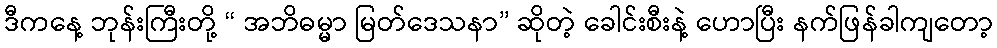
ဒီကနေ့ ဘုန်းကြီးတို့ “ အဘိဓမ္မာ မြတ်ဒေသနာ” ဆိုတဲ့ ခေါင်းစီးနဲ့ ဟောပြီး နက်ဖြန်ခါကျတော့